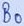
Text: B0